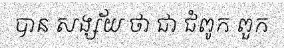
បាន សង្ស័យ ថា ជា ជំពូក ពួក